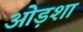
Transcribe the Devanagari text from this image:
ओड़शा